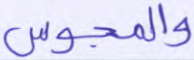
والمجوس